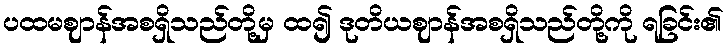
ပထမဈာန်အစရှိသည်တို့မှ ထ၍ ဒုတိယဈာန်အစရှိသည်တို့ကို ရခြင်း၏